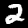
Label: 2